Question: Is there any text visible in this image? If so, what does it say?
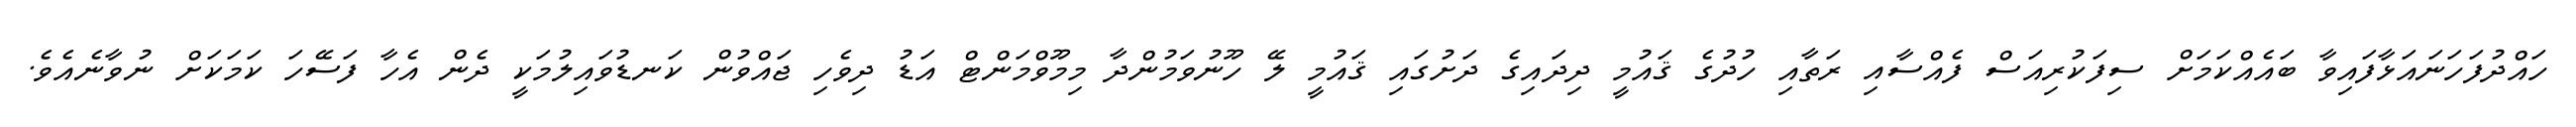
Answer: ހައްދުފަހަނައަޅާފައިވާ ބައެއްކަމަށް ސިފަކުރިއަސް ފެއްސާއި ރަތާއި ހުދުގެ ޤައުމީ ދިދައިގެ ދަށުގައި ޤައުމީ ލޭ ހޫނުވަމުންދާ މިމޫވްމަންޓް އަޑު ދިވެހި ޖައްވުން ކަނޑުވައިލުމަކީ ދެން އެހާ ފަސޭހަ ކަމަކަށް ނުވާނެއެވެ.